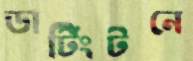
ডার্টিংটনে